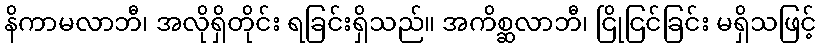
နိကာမလာဘီ၊ အလိုရှိတိုင်း ရခြင်းရှိသည်။ အကိစ္ဆလာဘီ၊ ငြိုငြင်ခြင်း မရှိသဖြင့်